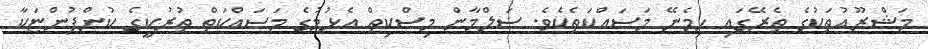
މަޝްރޫއުތަކުގެ ތެރޭގައި ހިމެނޭ މަސައްކަތެކެވެ. ސަލްމާން މިސްކިތް އެޅުމުގެ މަސައްކަތް ތުރުކީގެ ކުންފުންޏަކާ